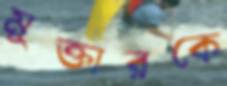
মুক্তারকে